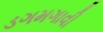
ડગમગાવી